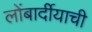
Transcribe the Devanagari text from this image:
लोंबार्दीयाची